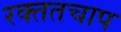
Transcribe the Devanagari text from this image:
रक्ततचाप